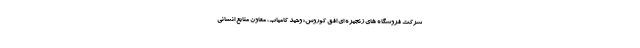
شرکت فروشگاه های زنجیره ای افق کوروش؛ وحید کامیاب، معاون منابع انسانی